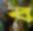
ব